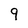
Character: 9